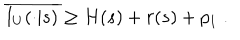
LaTeX: \overline { { { I _ { U } ( \cdot | s ) } } } \geq H ( s ) + r ( s ) + p _ { 1 } \; .